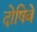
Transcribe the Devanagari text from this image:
दोषिबे